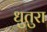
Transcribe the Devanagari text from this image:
धुतुरा